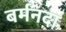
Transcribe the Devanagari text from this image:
बर्मनदा